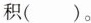
积( )。